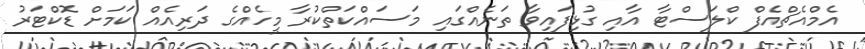
އެމްއެޗްއެފް ކްލަސްޓާ އާއި ގުޅިފައިވާ ތަނެއްގައި މަސައްކަތްކުރާ މީހެއްގެ ދަރިއެއް ކަމަށް ޑޮކްޓަރު